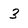
Character: 3